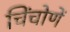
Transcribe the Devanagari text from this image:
चिंचोणें